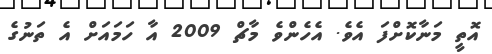
އޮތީ މަނާކޮށްފަ އެވެ. އެހެންވެ މާޗް 2009 އާ ހަމައަށް އެ ތަނުގެ